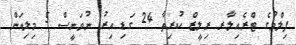
ފިލްމުގެ ޓްރެއިލާރ ރިލީޒް ކުރިތާ 24 ގަޑި އިރު ނުވަނީސް 5 މިލިއަން